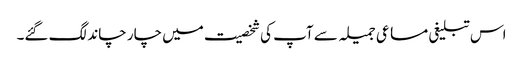
اس تبلیغی مساعی جمیلہ سے آپ کی شخصیت میں چار چاند لگ گئے۔